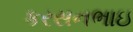
કરસનભાઇ